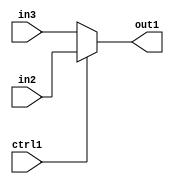
`timescale 1ps / 1ps
/*****************************************************************************
    Verilog RTL Description
    
    
    Created by: Stratus DpOpt 2019.1.01 
*******************************************************************************/

module bias_addr_gen_N_Mux_16_2_11_4 (
	in3,
	in2,
	ctrl1,
	out1
	); /* architecture "behavioural" */ 
input [15:0] in3,
	in2;
input  ctrl1;
output [15:0] out1;
wire [15:0] asc001;

reg [15:0] asc001_tmp_0;
assign asc001 = asc001_tmp_0;
always @ (ctrl1 or in2 or in3) begin
	case (ctrl1)
		1'B1 : asc001_tmp_0 = in2 ;
		default : asc001_tmp_0 = in3 ;
	endcase
end

assign out1 = asc001;
endmodule

/* CADENCE  uLjxQwo= : u9/ySgnWtBlWxVPRXgAZ4Og= ** DO NOT EDIT THIS LINE ******/